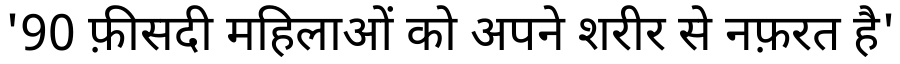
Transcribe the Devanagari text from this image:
'90 फ़ीसदी महिलाओं को अपने शरीर से नफ़रत है'